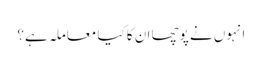
انہوں نے پوچھا ان کا کیا معاملہ ہے؟